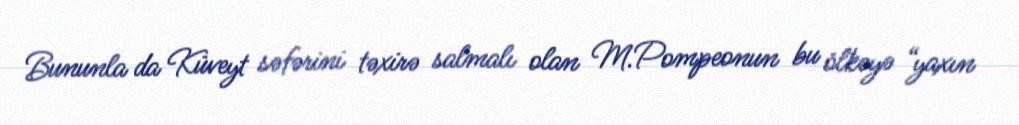
Bununla da Küveyt səfərini təxirə salmalı olan M.Pompeonun bu ölkəyə “yaxın